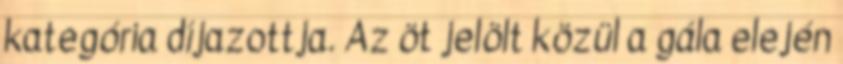
kategória díjazottja. Az öt jelölt közül a gála elején